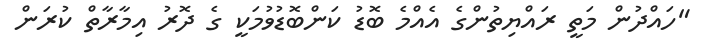
"ހައްދުން މަތީ ރައްޔިތުންގެ އެއްމެ ބޮޑު ކަންބޮޑުވުމަކީ ގެ ދޮރު އިމާރާތް ކުރަން